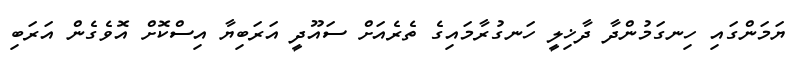
ޔަމަންގައި ހިނގަމުންދާ ދާޚިލީ ހަނގުރާމައިގެ ތެރެއަށް ސައޫދީ އަރަބިޔާ އިސްކޮށް އޮވެގެން އަރަބި